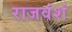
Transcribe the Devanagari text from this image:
राजवंशं